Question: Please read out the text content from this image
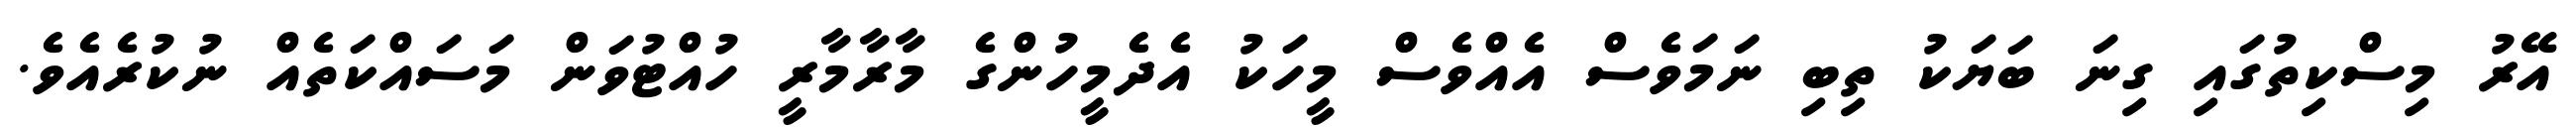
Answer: އޭރު މިސްކިތުގައި ގިނަ ބަޔަކު ތިބި ނަމަވެސް އެއްވެސް މީހަކު އެދެމީހުންގެ މާރާމާރީ ހުއްޓުވަން މަސައްކަތެއް ނުކުރެއެވެ.